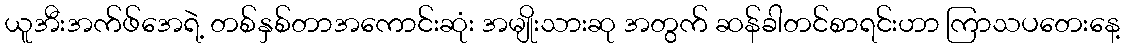
ယူအီးအက်ဖ်အေရဲ့ တစ်နှစ်တာအကောင်းဆုံး အမျိုးသားဆု အတွက် ဆန်ခါတင်စာရင်းဟာ ကြာသပတေးနေ့